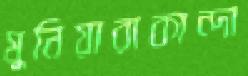
মুনিয়ারাকান্দা